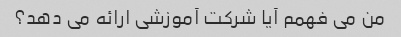
من می فهمم آیا شرکت آموزشی ارائه می دهد؟